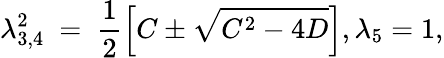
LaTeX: \lambda_{3,4}^{2}\mathrm{~=~}\frac{1}{2}\left[C\pm\sqrt{{{C}^{2}}-4D}\right],{{\lambda}_{5}}=1,